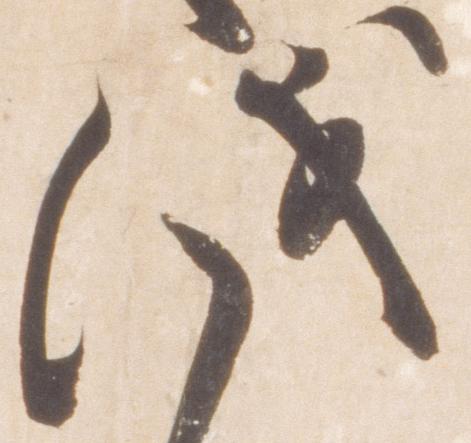
儀